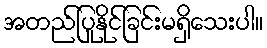
အတည်ပြုနိုင်ခြင်းမရှိသေးပါ။